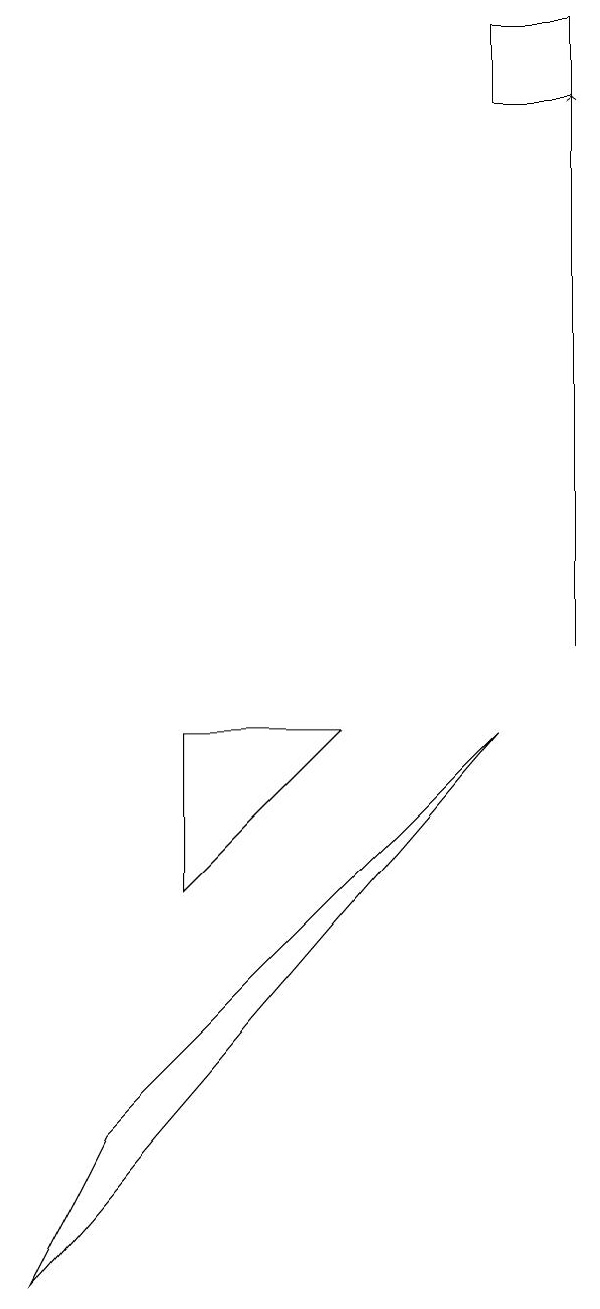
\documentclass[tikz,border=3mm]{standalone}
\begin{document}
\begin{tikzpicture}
\draw (8,9) -- (3,4) -- (2,2) -- cycle;
\draw (4,7) -- (4,9) -- (6,9) -- cycle;
\draw[->] (9,10) -- (9,17);
\draw (9,18) rectangle (8,17);
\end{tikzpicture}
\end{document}